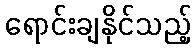
ရောင်းချနိုင်သည့်